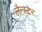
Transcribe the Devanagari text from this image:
लैन्स्टर